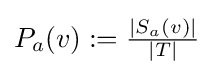
{\textstyle P_{a}{(v)}:={\frac {|S_{a}{(v)}|}{|T|}}}